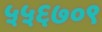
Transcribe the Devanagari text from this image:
५५६७०९